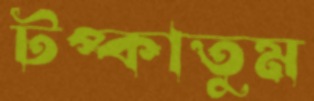
টপ্‌কাতুম